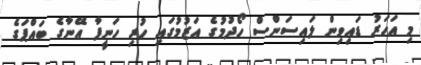
މި އަހަރު ޑައިވިން ލައިސަންސް ހޯދުމުގެ އަޒުމުގައި ހުރި ހަނީފާ އޭނާގެ ބައްޕަގެ